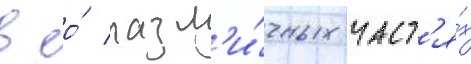
в ео́ разл'и́чных част'я́х